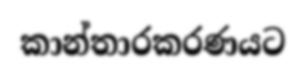
කාන්තාරකරණයට